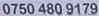
0750 480 9179